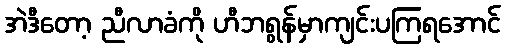
အဲဒီတော့ ညီလာခံကို ဟီဘရွန်မှာကျင်းပကြရအောင်